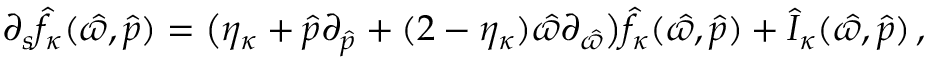
\partial _ { s } \hat { f } _ { \kappa } ( \hat { \varpi } , \hat { p } ) = \big ( \eta _ { \kappa } + \hat { p } \partial _ { \hat { p } } + ( 2 - \eta _ { \kappa } ) \hat { \varpi } \partial _ { \hat { \varpi } } \big ) \hat { f } _ { \kappa } ( \hat { \varpi } , \hat { p } ) + \hat { { \cal I } } _ { \kappa } ( \hat { \varpi } , \hat { p } ) \, ,